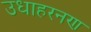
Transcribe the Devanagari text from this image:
उधाहरनण